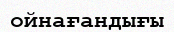
ойнағандығы